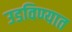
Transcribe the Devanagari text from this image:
उडविण्यात